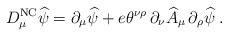
\begin{align*}D^{\mbox{\scriptsize NC}}_\mu \widehat \psi = \partial_\mu \widehat \psi + e \theta^{\nu\rho} \, \partial_\nu\widehat A_\mu \, \partial_\rho \widehat \psi\; .\end{align*}